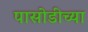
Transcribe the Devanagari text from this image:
पासोडीच्या